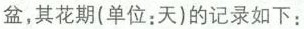
盆，其花期(单位：天)的记录如下：